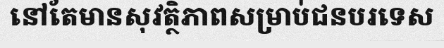
នៅតែមានសុវត្ថិភាពសម្រាប់ជនបរទេស